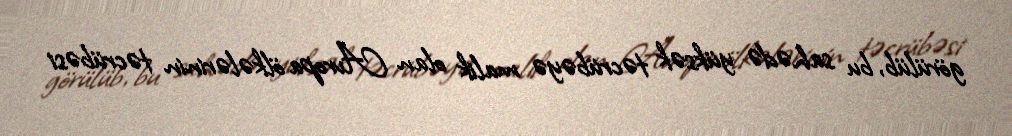
görülüb, bu sahədə yüksək təcrübəyə malik olan Avropa ölkələrinin təcrübəsi